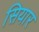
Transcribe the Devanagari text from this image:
सियार